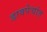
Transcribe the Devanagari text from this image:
डावपेचांत